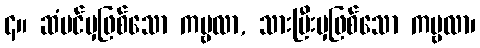
၄။ ဆံပင်မှဖြစ်သော ကမ္ဗလာ, သားမြီးမှဖြစ်သော ကမ္ဗလာ၊